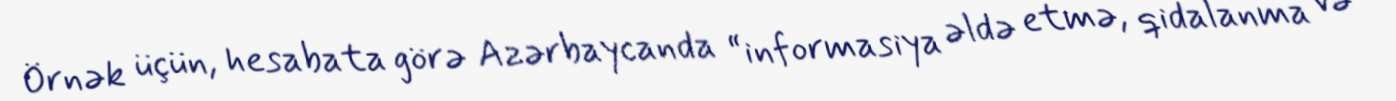
Örnək üçün, hesabata görə Azərbaycanda “informasiya əldə etmə, qidalanma və